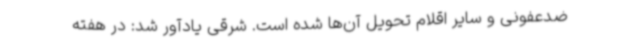
ضدعفونی و سایر اقلام تحویل آن‌ها شده است. شرقی یادآور شد: در هفته